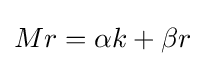
{\textstyle Mr=\alpha k+\beta r}